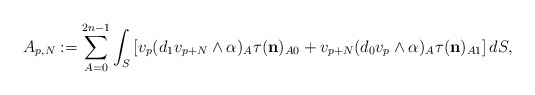
\begin{align*} A_{p,N}:=\sum_{A=0}^{2n-1} \int_S \left[v_p(d_1v_{p+N}\wedge\alpha)_A \tau( \mathbf{{n}})_{A0}+v_{p+N} (d_0 v_p\wedge\alpha)_A \tau( \mathbf{{n}})_{A1}\right]dS, \end{align*}